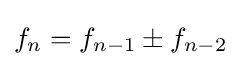
f_{n}=f_{n-1}\pm f_{n-2}